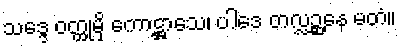
သဒ္ဒေ ဝတ္ထုမှိ ကောဋ္ဌာသေ၊ ပါဒေ တလ္လဉ္ဆနေ မတံ။